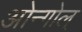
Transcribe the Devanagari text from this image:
ओन्गोल्